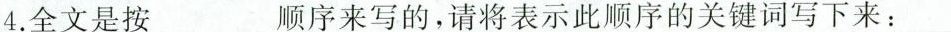
4.全文是按___顺序来写的，请将表示此顺序的关键词写下来：